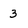
Character: 3